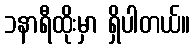
၁နာရီထိုးမှာ ရှိပါတယ်။